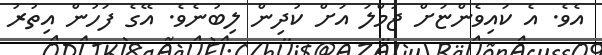
އެވެ. އެ ކައިވެންޏަށް ޖުމްލަ އަށް ކުދިން ލިބުނެވެ. އޭގެ ފަހުން އިތުރު